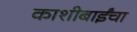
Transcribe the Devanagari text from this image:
काशीबाईंचा